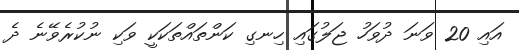
އައި 20 ވަނަ ދުވަހު ޖަލުގައި ހިނގި ކަންތައްތަކަކީ ވަކި ނުކުރެވޭނެ ދެ